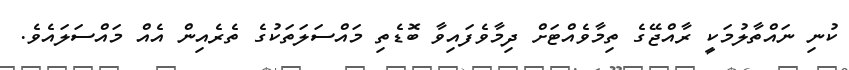
ކުނި ނައްތާލުމަކީ ރާއްޖޭގެ ތިމާވެއްޓަށް ދިމާވެފައިވާ ބޮޑެތި މައްސަލަތަކުގެ ތެރެއިން އެއް މައްސަލައެވެ.